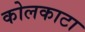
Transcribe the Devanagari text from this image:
कोलकाटा